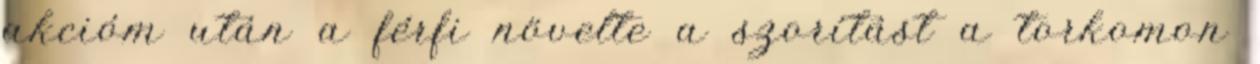
akcióm után a férfi növelte a szorítást a torkomon